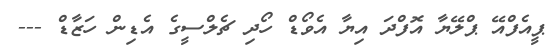
ޕީއެފްއޭ ޕްލޭޔާ އޮފްދަ އިޔާ އެވޯޑް ހޯދި ޗެލްސީގެ އެޑިން ހަޒާޑް ---